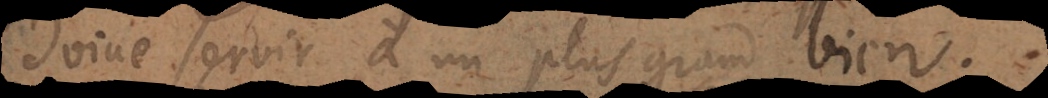
doive servir à un plus grand bien.